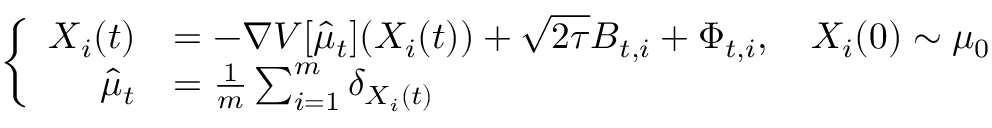
\begin{array} { r } { \left\{ \begin{array} { r l } { \d X _ { i } ( t ) } & { = - \nabla V [ \hat { \mu } _ { t } ] ( X _ { i } ( t ) ) \d t + \sqrt { 2 \tau } \d B _ { t , i } + \d \Phi _ { t , i } , \quad X _ { i } ( 0 ) \sim \mu _ { 0 } } \\ { \hat { \mu } _ { t } } & { = \frac 1 m \sum _ { i = 1 } ^ { m } \delta _ { X _ { i } ( t ) } } \end{array} \right. } \end{array}